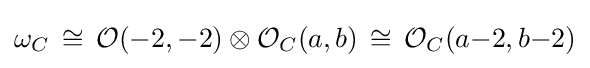
\omega _{C}\,\cong \,{\mathcal {O}}(-2,-2)\otimes {\mathcal {O}}_{C}(a,b)\,\cong \,{\mathcal {O}}_{C}(a{-}2,b{-}2)